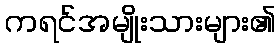
ကရင်အမျိုးသားများ၏